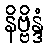
နိဗ္ဗိန္ဒံ